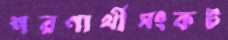
শরণার্থীসংকট